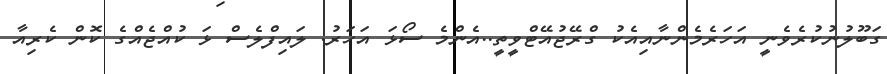
ގަބޫލުނުކުރެވެނީ އަހަރެމެންނާއިއެކު ގްރޭޖުއޭޓްވީތީ..އެންމެ ސޯޅަ އަހަރު. ލައިފްލެސް ޅަ ކުއްޖެއްގެ ކޮން ކެރިއާ